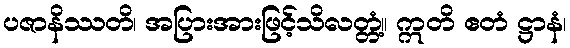
ပဇာနိဿတိ၊ အပြားအားဖြင့်သိလတ္တံ့။ ဣတိ ဧတံ ဋ္ဌာနံ၊